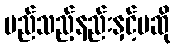
မည်သည့်နည်းနှင့်မဆို